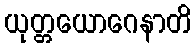
ယုတ္တယောဂေနာတိ